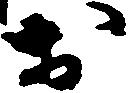
於